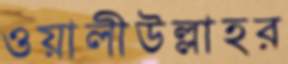
ওয়ালীউল্লাহর